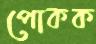
পোকক